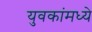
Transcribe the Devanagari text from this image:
युवकांमध्ये